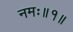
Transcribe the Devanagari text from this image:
नमः॥१॥